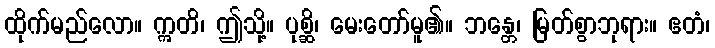
ထိုက်မည်လော။ ဣတိ၊ ဤသို့။ ပုစ္ဆိ၊ မေးတော်မူ၏။ ဘန္တေ၊ မြတ်စွာဘုရား။ ဧတံ၊